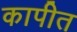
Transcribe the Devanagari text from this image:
कापीत